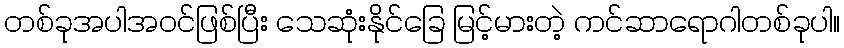
တစ်ခုအပါအဝင်ဖြစ်ပြီး သေဆုံးနိုင်ခြေ မြင့်မားတဲ့ ကင်ဆာရောဂါတစ်ခုပါ။